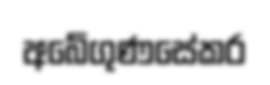
අබේගුණසේකර